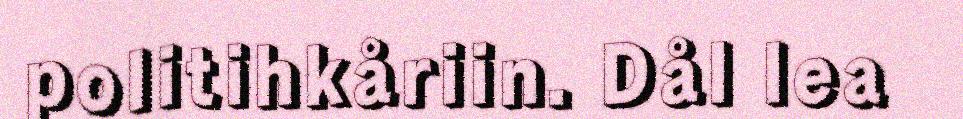
politihkåriin. Dål lea